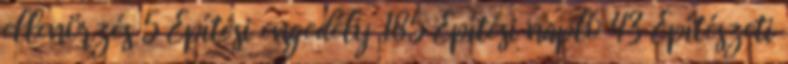
ellenörzés 5 Építési engedély 185 Építési napló 43 Építészeti